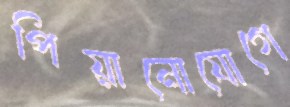
পিয়ানোযোগে